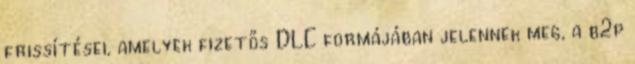
frissítései, amelyek fizetős DLC formájában jelennek meg, a b2p